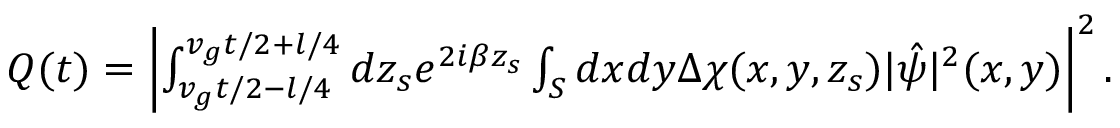
\begin{array} { r } { Q ( t ) = \left| \int _ { v _ { g } t / 2 - l / 4 } ^ { v _ { g } t / 2 + l / 4 } d z _ { s } e ^ { 2 i \beta z _ { s } } \int _ { S } d x d y \Delta \chi ( x , y , z _ { s } ) | \hat { \psi } | ^ { 2 } ( x , y ) \right| ^ { 2 } . } \end{array}